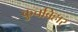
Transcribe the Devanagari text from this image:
कुचबिहार